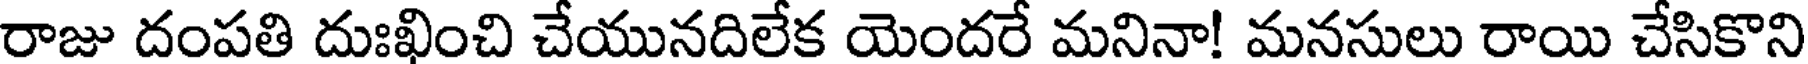
రాజు దంపతి దుఃఖించి చేయునదిలేక యెందరే మనినా! మనసులు రాయి చేసికొని